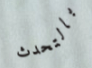
بالتحدث